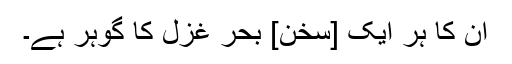
اُن کا ہر ایک [سُخن] بحرِ غزل کا گوہر ہے۔